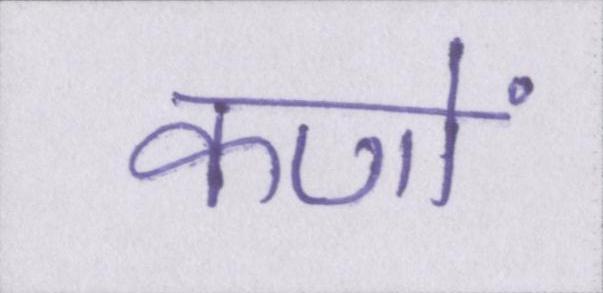
कणों